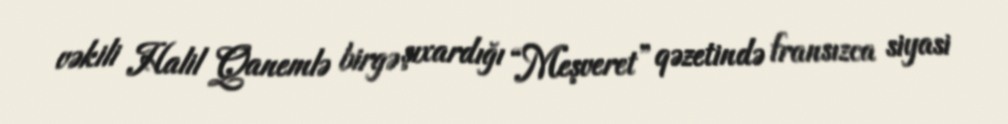
vəkili Halil Qanemlə birgə şıxardığı “Meşveret” qəzetində fransızca siyasi